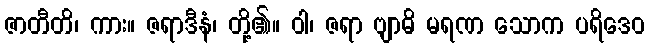
ဇာတီတိ၊ ကား။ ဇရာဒီနံ၊ တို့၏။ ဝါ၊ ဇရာ ဗျာဓိ မရဏ သောက ပရိဒေဝ